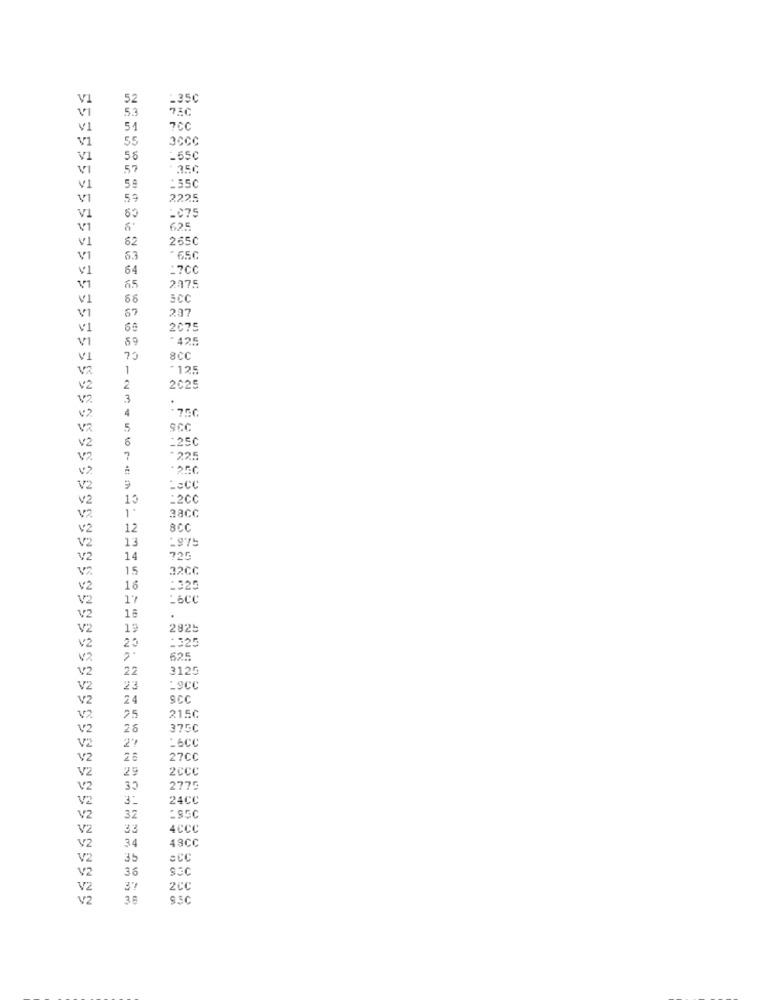
V
52
-35℃
VI
5.3
VI
51
7CC
V1
55
3CCC
V1
56
-55C
VI
57
·350
VI
:55C
V1
59
2225
=075
V1
V1
625
V1
62
265C
VI
6.3
- 65C
VI
64
*7CC
V1
65
2075
V1
SCC
V/1
237
V1
2075
VI
59
- 42.5
V1
73
8CC
V2
1
*125
v2
2
2025
V2
3
4
V2
5
SCC
6
=250
v2
V2
7
. 225
V2
V2
=2CC
V2
28Cc
V2
12
BCC
V2
13
V2
14
725
15
32CC
V2
18
:325
V2
17
:6CC
V2
16
V2
19
2925
20
:325
v2
V2
525
V/2
22
3125
V2
23
Lecc
V2
24
SCC
V2
25
215C
V2
26
V2
L6CC
V2
28
27CC
V2
29
2CCC
V2
2775
V2
3:
24CC
V2
32
:S5C
V2
33
4CCC
34
48CC
V2
V2
35
:CC
V2
36
SEC
V2
37
2CC
V2
9.5C